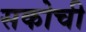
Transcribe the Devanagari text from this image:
सकोची